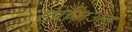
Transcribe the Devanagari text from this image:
लीजिअन